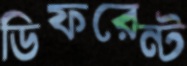
ডিফরেন্ট